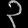
Digit: ၃